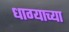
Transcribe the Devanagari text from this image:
धाग्याच्या